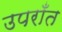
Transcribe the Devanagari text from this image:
उपराँत